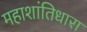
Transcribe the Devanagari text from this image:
महाशांतिधारा